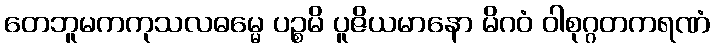
တေဘူမကကုသလဓမ္မေ ပဉ္စမိ ပူဇိယမာနော မိဂဝံ ဝါစုဂ္ဂတကရဏံ